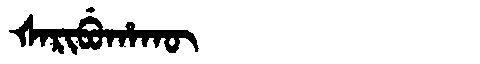
Manchu: ᡧᠠᡵᡳᠪᡠᡥᠠᡴᡡ
Romanization: ŠARIBUHAKŪ